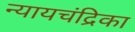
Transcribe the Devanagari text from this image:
न्यायचंद्रिका